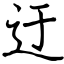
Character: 迂